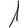
Digit: 1